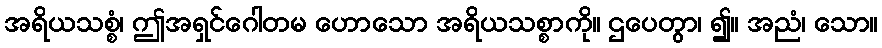
အရိယသစ္စံ၊ ဤအရှင်ဂေါတမ ဟောသော အရိယသစ္စာကို။ ဌပေတွာ၊ ၍။ အညံ၊ သော။